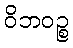
ဝိဘဝဉ္စ